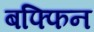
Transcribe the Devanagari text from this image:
बफ्फिन